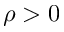
\rho > 0